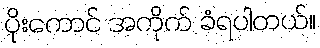
ပိုးကောင် အကိုက် ခံရပါတယ်။